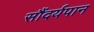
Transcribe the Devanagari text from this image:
सौंदर्यपान